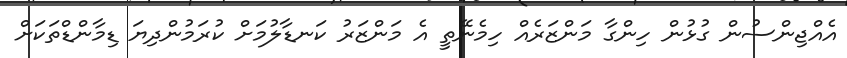
އެއްޖިންސުން ގުޅުން ހިންގާ މަންޒަރެއް ހިމެނޭތީ އެ މަންޒަރު ކަނޑާލުމަށް ކުރަމުންދިޔަ ޑިމާންޑްތަކަށް